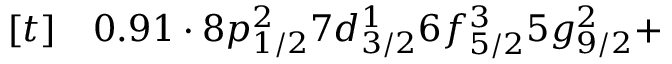
\begin{array} { r l } { [ t ] } & { { } 0 . 9 1 \cdot 8 p _ { 1 / 2 } ^ { 2 } 7 d _ { 3 / 2 } ^ { 1 } 6 f _ { 5 / 2 } ^ { 3 } 5 g _ { 9 / 2 } ^ { 2 } + } \end{array}